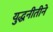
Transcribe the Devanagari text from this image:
युद्धनीतीने